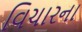
વિચારના